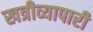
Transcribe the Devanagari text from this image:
खत्रीव्यापारी